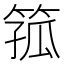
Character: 箛